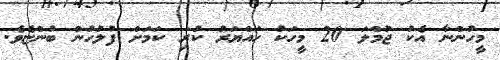
މީހުންނާ އެކު ޖުމްލަ 20 މީހަކު ހައްޔަރު ކުރި ކަމަށް ފުލުހުން ބުންޏެވެ.